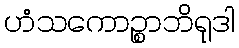
ဟံသကောဉ္စာဘိရုဒါ